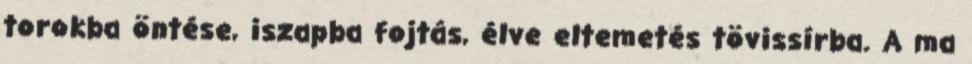
torokba öntése, iszapba fojtás, élve eltemetés tövissírba. A ma